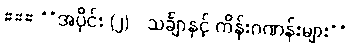
### **အပိုင်း (၂) - သင်္ချာနှင့် ကိန်းဂဏန်းများ**